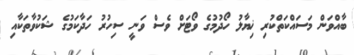
ބާއްވަން މަސައްކަތްކުރި ޚިޔާލު ހޯދުމުގެ ވޯޓަށް ވެސް ވަނީ ސިހުރު ހަދާކަމުގެ ޝަކުވާތަކާއި